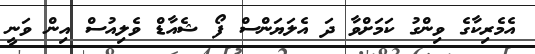
އެމެރިކާގެ ވިންގު ކަމަށްވާ ދަ އެލަޔަންސް ފޯ ޝެއާޑް ވެލިއުސް އިން ވަނީ